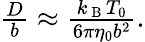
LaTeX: \begin{array}{r}{\frac{D}{b}\approx\frac{k_{\mathrm{~B~}}T_{0}}{6\pi\eta_{0}b^{2}}.}\end{array}